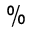
\%